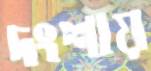
দংশায়